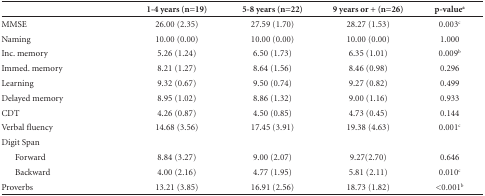
<table><thead><tr><td><b> </b></td><td><b>1-4 years (n=19)</b></td><td><b>5-8 years (n=22)</b></td><td><b>9 years or + (n=26)</b></td><td><b>p-value<sup>a</sup></b></td></tr></thead><tbody><tr><td>MMSE</td><td>26.00 (2.35)</td><td>27.59 (1.70)</td><td>28.27 (1.53)</td><td>0.003<sup>c</sup></td></tr><tr><td>Naming</td><td>10.00 (0.00)</td><td>10.00 (0.00)</td><td>10.00 (0.00)</td><td>1.000</td></tr><tr><td>Inc. memory</td><td>5.26 (1.24)</td><td>6.50 (1.73)</td><td>6.35 (1.01)</td><td>0.009<sup>b</sup></td></tr><tr><td>Immed. memory</td><td>8.21 (1.27)</td><td>8.64 (1.56)</td><td>8.46 (0.98)</td><td>0.296</td></tr><tr><td>Learning</td><td>9.32 (0.67)</td><td>9.50 (0.74)</td><td>9.27 (0.82)</td><td>0.499</td></tr><tr><td>Delayed memory</td><td>8.95 (1.02)</td><td>8.86 (1.32)</td><td>9.00 (1.16)</td><td>0.933</td></tr><tr><td>CDT</td><td>4.26 (0.87)</td><td>4.50 (0.85)</td><td>4.73 (0.45)</td><td>0.144</td></tr><tr><td>Verbal fluency</td><td>14.68 (3.56)</td><td>17.45 (3.91)</td><td>19.38 (4.63)</td><td>0.001<sup>c</sup></td></tr><tr><td>Digit Span</td><td> </td><td> </td><td> </td><td> </td></tr><tr><td>Forward</td><td>8.84 (3.27)</td><td>9.00 (2.07)</td><td>9.27(2.70)</td><td>0.646</td></tr><tr><td>Backward</td><td>4.00 (2.16)</td><td>4.77 (1.95)</td><td>5.81 (2.11)</td><td>0.010<sup>c</sup></td></tr><tr><td>Proverbs</td><td>13.21 (3.85)</td><td>16.91 (2.56)</td><td>18.73 (1.82)</td><td>&lt;0.001<sup>b</sup></td></tr></tbody></table>